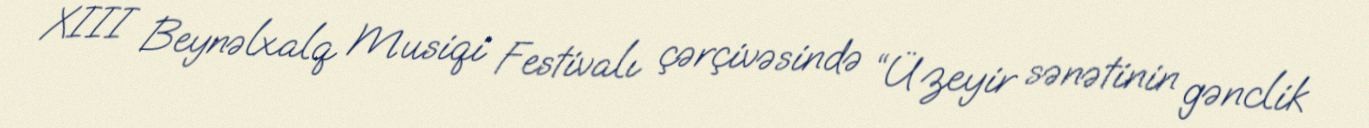
XIII Beynəlxalq Musiqi Festivalı çərçivəsində “Üzeyir sənətinin gənclik